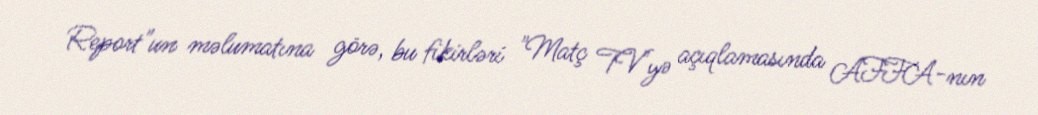
Report"un məlumatına görə, bu fikirləri "Matç TV"yə açıqlamasında AFFA-nın